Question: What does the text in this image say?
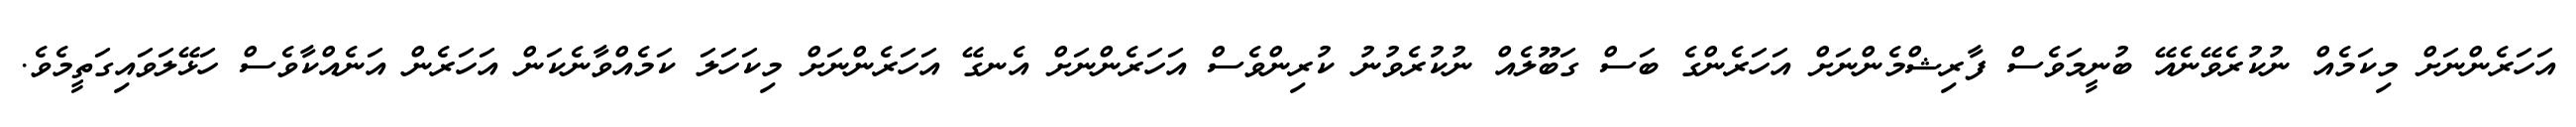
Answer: އަހަރެންނަށް މިކަމެއް ނުކުރެވޭނެއޭ ބުނީމަވެސް ފާރިޝްމެންނަށް އަހަރެންގެ ބަސް ގަބޫލެއް ނުކުރެވުނު ކުރިންވެސް އަހަރެންނަށް އެނގޭ އަހަރެންނަށް މިކަހަލަ ކަމެއްވާނެކަން އަހަރެން އަނެއްކާވެސް ހަޅޭލަވައިގަތީމެވެ.